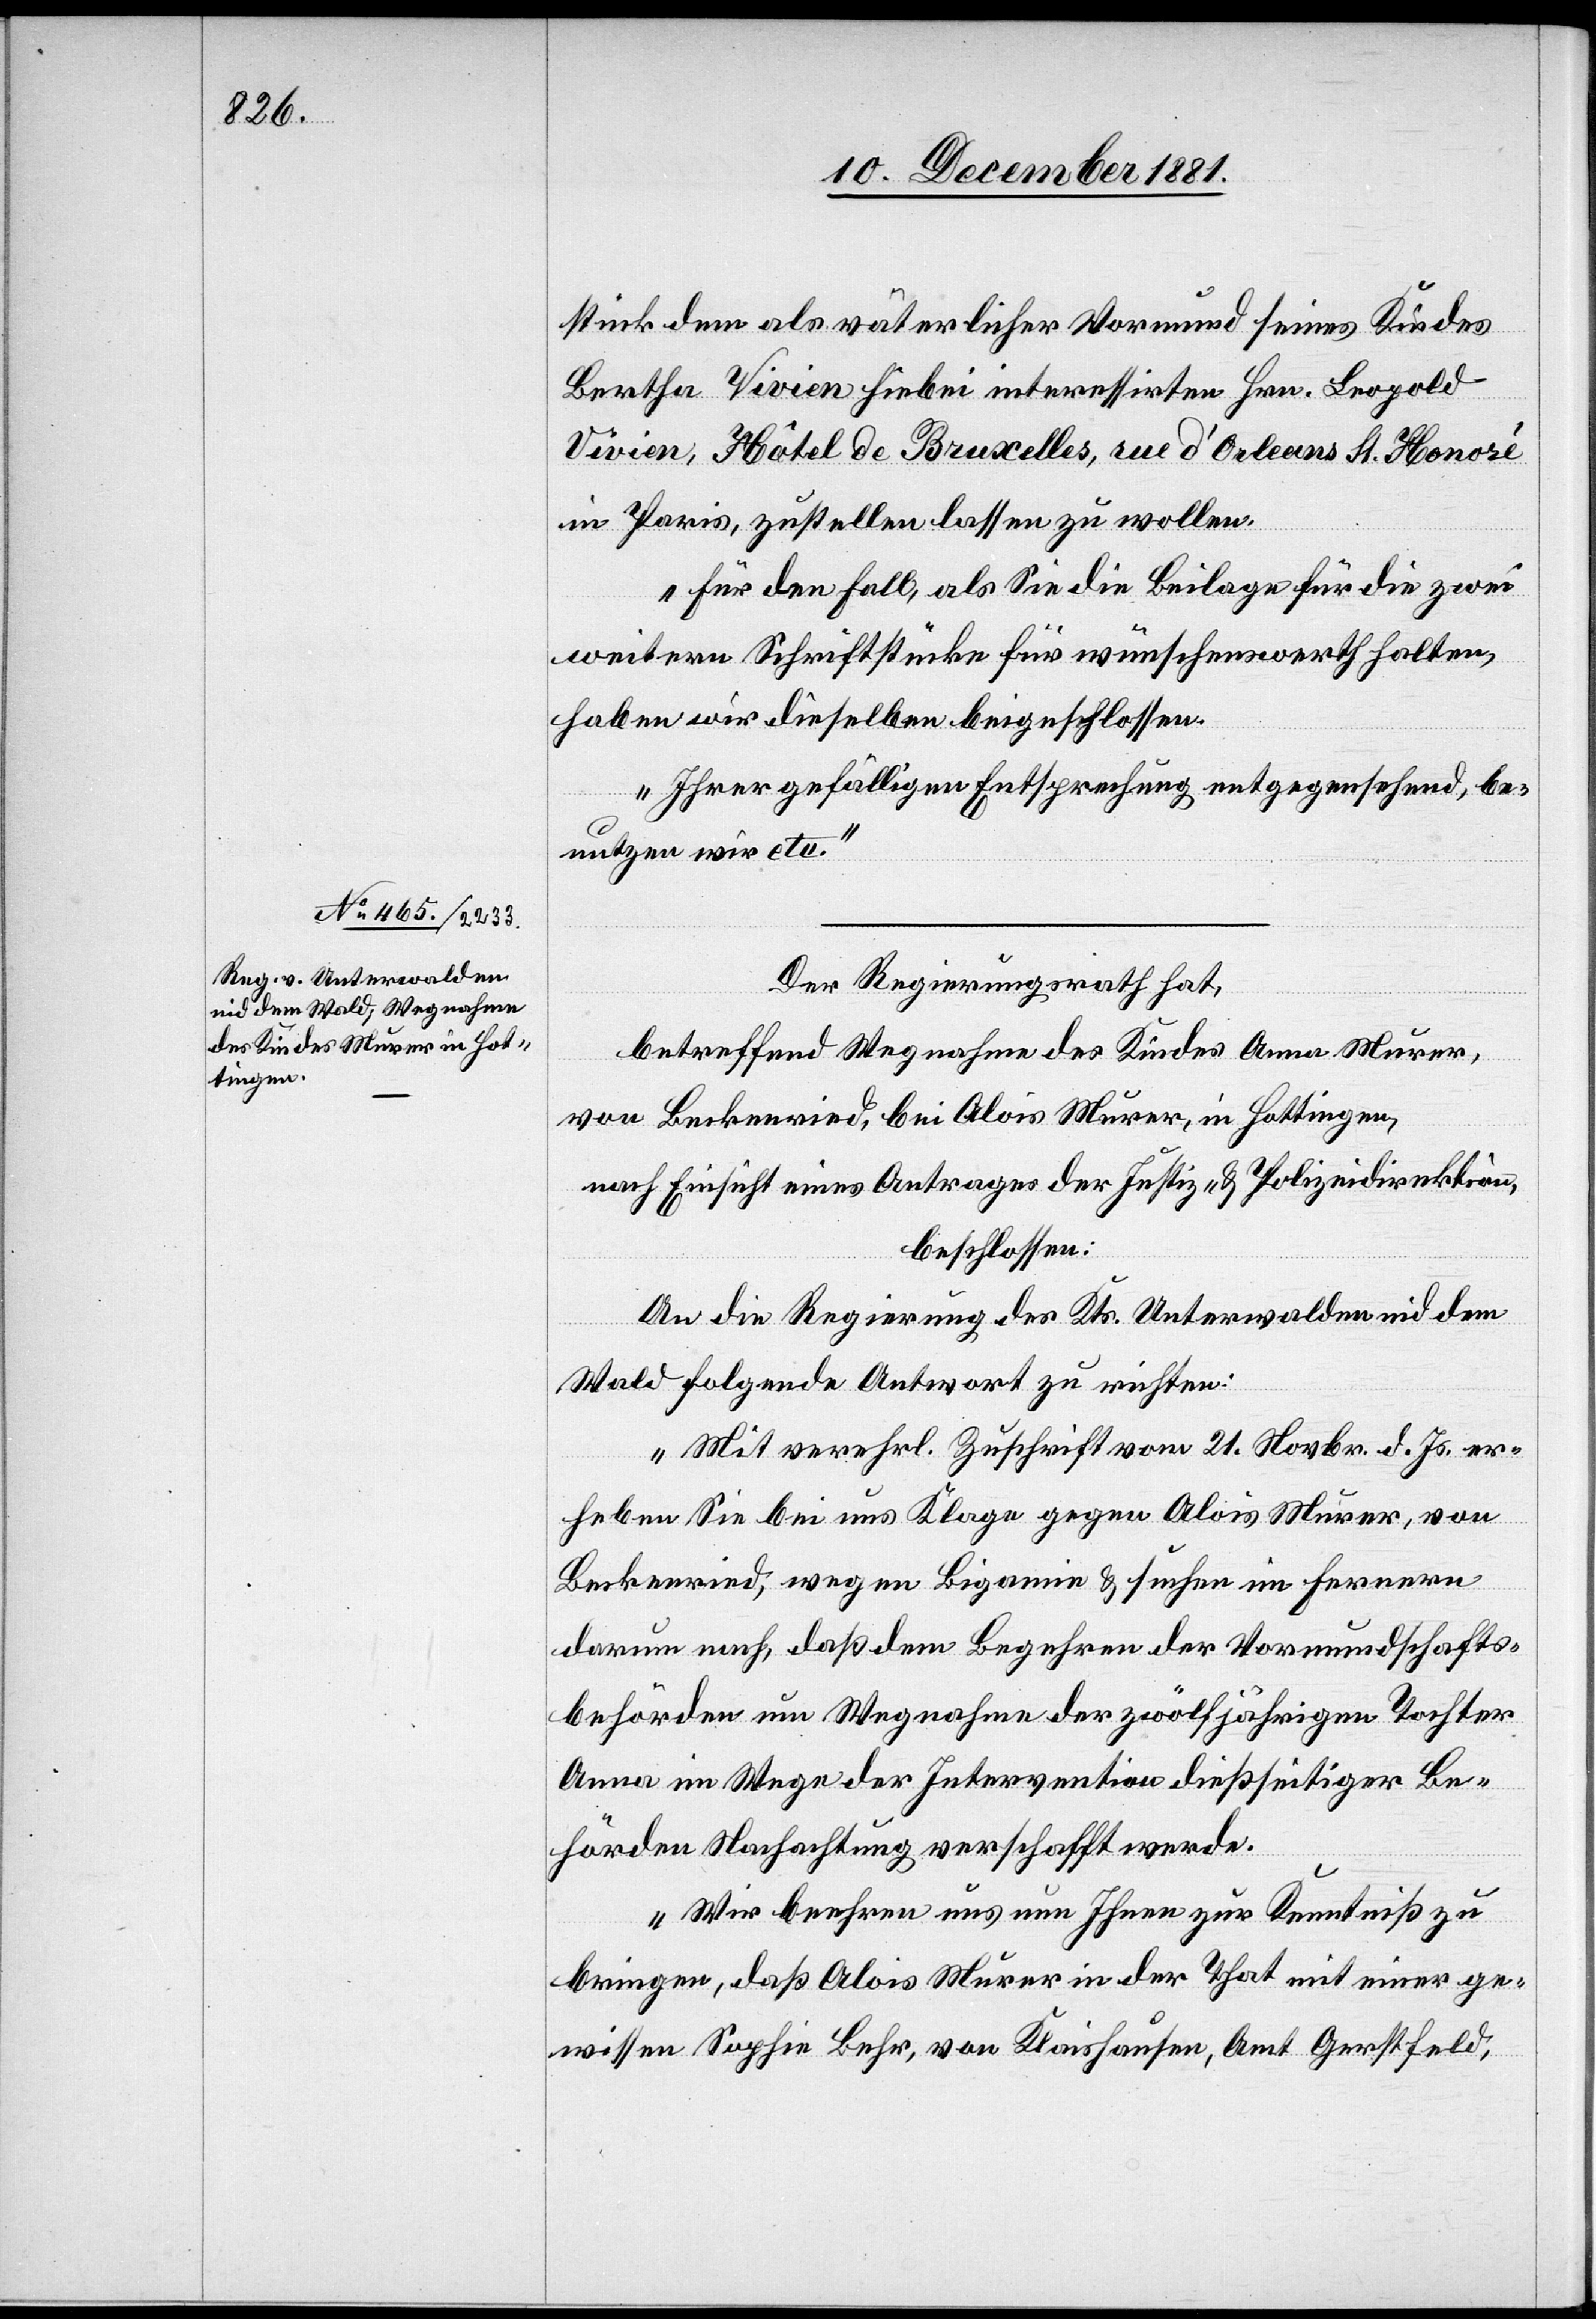
stück dem als väterlicher Vormund seines Kindes
Bertha Vivien hiebei interessirten Hrn. Leopold
Vivien, Hôtel de Bruxelles, rue d’Orleans St. Honoré
in Paris, zustellen lassen zu wollen.
Für den Fall, als Sie die Beilage für die zwei
weitern Schriftstücke für wünschenswerth halten,
haben wir dieselben beigeschlossen.
Ihrer gefälligen Entsprechung entgegensehend, be¬
nutzen wir etc.“
Der Regierungsrath hat,
betreffend Wegnahme des Kindes Anna Murer,
von Beckenried, bei Alois Murer, in Hottingen,
nach Einsicht eines Antrages der Justiz- & Polizeidirektion,
beschlossen
An die Regierung des Kts. Unterwalden nid dem
Wald folgende Antwort zu richten:
„Mit verehrl. Zuschrift vom 21. Novbr. d. Js. er¬
heben Sie bei uns Klage gegen Alois Murer, von
Beckenried, wegen Bigamie & suchen im Fernern
darum nach, daß dem Begehren der Vormundschafts¬
behörden um Wegnahme der zwölfjährigen Tochter
Anna im Wege der Intervention dießseitiger Be¬
hörden Nachachtung verschafft werde.
Wir beehren uns nun Ihnen zur Kenntniß zu
bringen, daß Alois Murer in der That mit einer ge¬
wissen Sophie Behr, von Klaishausen, Amt Gerstfeld,